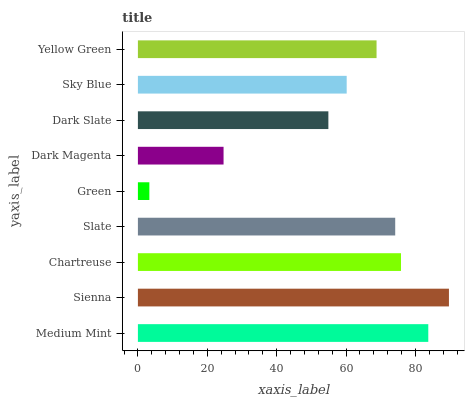
| yaxis_label | bars |
 | --- | --- |
 | Medium Mint | 83.7 |
 | Sienna | 89.6 |
 | Chartreuse | 75.8 |
 | Slate | 74.2 |
 | Green | 3.3 |
 | Dark Magenta | 24.7 |
 | Dark Slate | 54.9 |
 | Sky Blue | 60.2 |
 | Yellow Green | 68.8 |